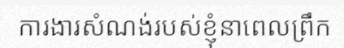
ការងារសំណង់របស់ខ្ញុំនាពេលព្រឹក